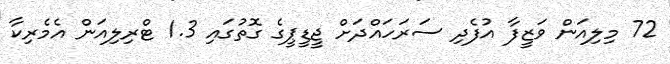
72 މިލިއަން ވަޒީފާ އުފެދި ސަރަހައްދަށް ޖީޑީޕީގެ ގޮތުގައި 1.3 ޓްރިލިއަން އެމެރިކާ